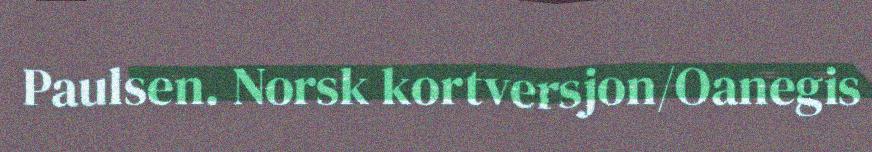
Paulsen. Norsk kortversjon/Oanegis